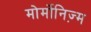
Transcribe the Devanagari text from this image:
मोर्मोनिज्‍़म